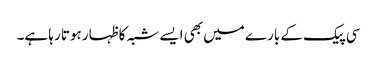
سی پیک کے بارے میں بھی ایسے شبہ کا ظہار ہوتا رہا ہے۔